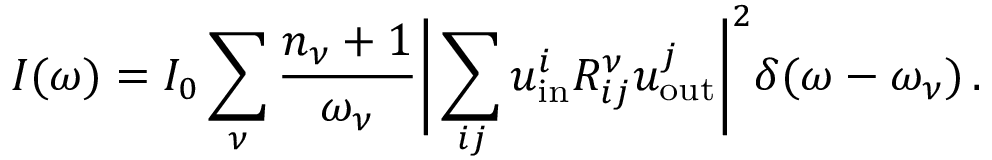
I ( \omega ) = I _ { 0 } \sum _ { \nu } \frac { n _ { \nu } + 1 } { \omega _ { \nu } } \bigg | \sum _ { i j } u _ { \mathrm { i n } } ^ { i } R _ { i j } ^ { \nu } u _ { \mathrm { o u t } } ^ { j } \bigg | ^ { 2 } \delta ( \omega - \omega _ { \nu } ) \, .